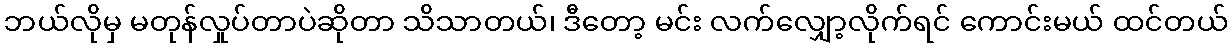
ဘယ်လိုမှ မတုန်လှုပ်တာပဲဆိုတာ သိသာတယ်၊ ဒီတော့ မင်း လက်လျှော့လိုက်ရင် ကောင်းမယ် ထင်တယ်